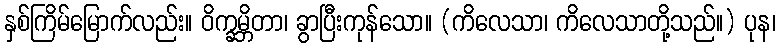
နှစ်ကြိမ်မြောက်လည်း။ ဝိက္ခမ္ဘိတာ၊ ခွာပြီးကုန်သော။ (ကိလေသာ၊ ကိလေသာတို့သည်။) ပုန၊